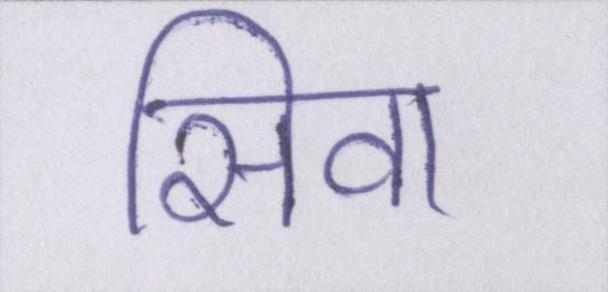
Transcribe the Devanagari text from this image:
सिवा